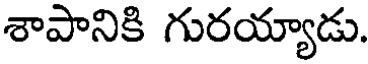
శాపానికి గురయ్యాడు.